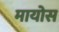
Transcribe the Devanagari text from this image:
मायोस